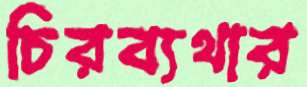
চিরব্যথার